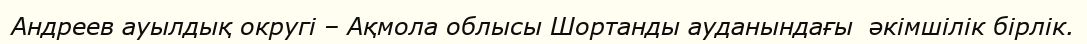
Андреев ауылдық округі – Ақмола облысы Шортанды ауданындағы  әкімшілік бірлік.